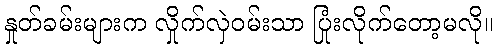
နှုတ်ခမ်းများက လှိုက်လှဲဝမ်းသာ ပြုံးလိုက်တော့မလို။